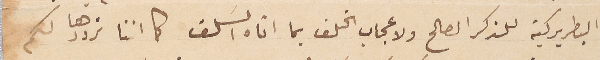
البطريركية للذكر الصالحِ ولاعجاب الخلف بما اتاه السَلف كما اننا نرددها لكم